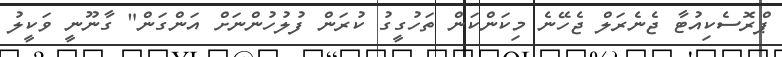
ޕްރޮސެކިއުޓާ ޖެނެރަލް ޖެހޭނެ މިކަންކަން ތަހުގީގު ކުރަން ފުލުހުންނަށް އަންގަން" ގާނޫނީ ވަކީލު